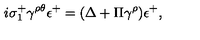
i \sigma _ { 1 } ^ { + } \gamma ^ { \rho \theta } \epsilon ^ { + } = ( \Delta + \Pi \gamma ^ { \rho } ) \epsilon ^ { + } ,